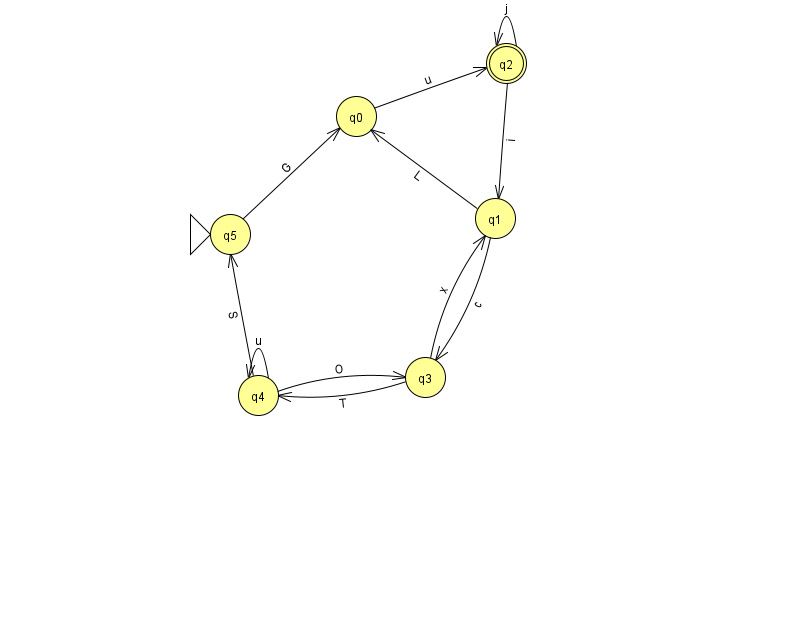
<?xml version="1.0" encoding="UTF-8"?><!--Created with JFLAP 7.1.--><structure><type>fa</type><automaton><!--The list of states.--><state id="0" name="q0"><x>356.0</x><y>103.0</y></state><state id="1" name="q1"><x>495.0</x><y>205.0</y></state><state id="2" name="q2"><x>506.0</x><y>50.0</y><final/></state><state id="3" name="q3"><x>425.0</x><y>364.0</y></state><state id="4" name="q4"><x>258.0</x><y>382.0</y></state><state id="5" name="q5"><x>230.0</x><y>221.0</y><initial/></state><!--The list of transitions.--><transition><from>3</from><to>1</to><read>x</read></transition><transition><from>4</from><to>4</to><read>u</read></transition><transition><from>4</from><to>3</to><read>O</read></transition><transition><from>2</from><to>1</to><read>i</read></transition><transition><from>1</from><to>3</to><read>c</read></transition><transition><from>1</from><to>0</to><read>L</read></transition><transition><from>2</from><to>2</to><read>j</read></transition><transition><from>4</from><to>5</to><read>S</read></transition><transition><from>5</from><to>0</to><read>G</read></transition><transition><from>0</from><to>2</to><read>u</read></transition><transition><from>3</from><to>4</to><read>T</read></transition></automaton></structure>